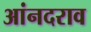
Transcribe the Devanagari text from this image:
आंनदराव